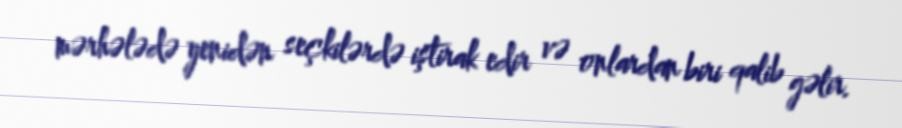
mərhələdə yenidən seçkilərdə iştirak edir və onlardan biri qalib gəlir.